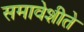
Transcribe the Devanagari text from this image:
समावेशीते